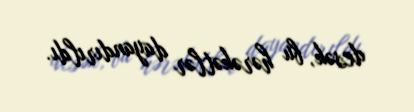
desək, bu hərəkətlər dayandırıldı.